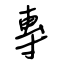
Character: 專